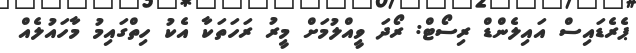
ޕެރެޑައިސް އައިލެންޑް ރިސޯޓް: ރޯދަ ވީއްލުމަށް މީރު ރަހަތަކާ އެކު ހިތްގައިމު މާހައުލެއް